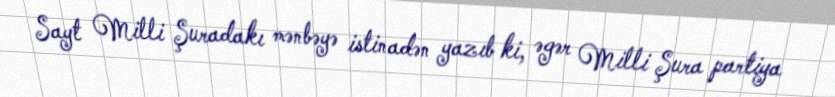
Sayt Milli Şuradakı mənbəyə istinadən yazıb ki, əgər Milli Şura partiya